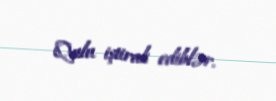
Qulu iştirak ediblər.